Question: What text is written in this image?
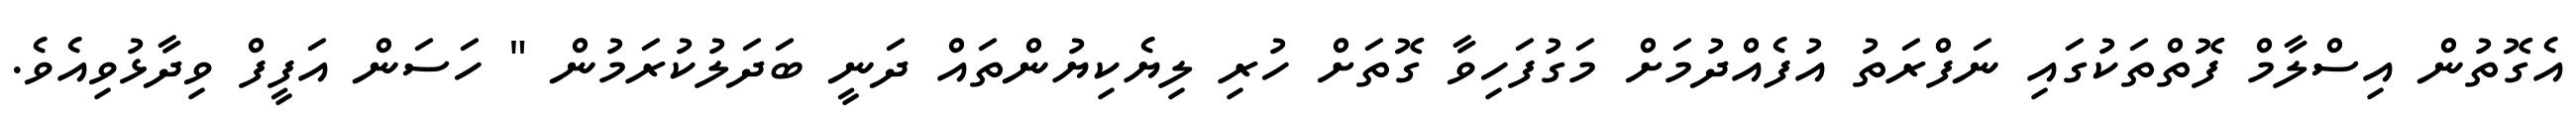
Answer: އެގޮތުން އިސްލާމް ފޮތްތަކުގައި ނަފްރަތު އުފެއްދުމަށް މަގުފަހިވާ ގޮތަށް ހުރި ލިޔެކިޔުންތައް ދަނީ ބަދަލުކުރަމުން " ހަސަން އަފީފް ވިދާޅުވިއެވެ.